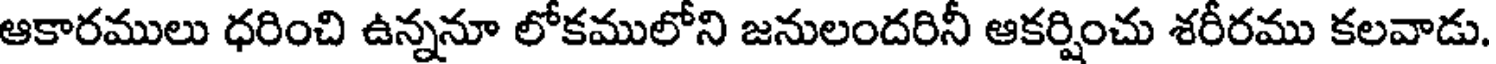
ఆకారములు ధరించి ఉన్ననూ లోకములోని జనులందరినీ ఆకర్షించు శరీరము కలవాడు